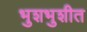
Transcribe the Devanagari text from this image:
भुशभुशीत